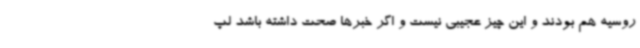
روسیه هم بودند و این چیز عجیبی نیست و اگر خبرها صحت داشته باشد لپ